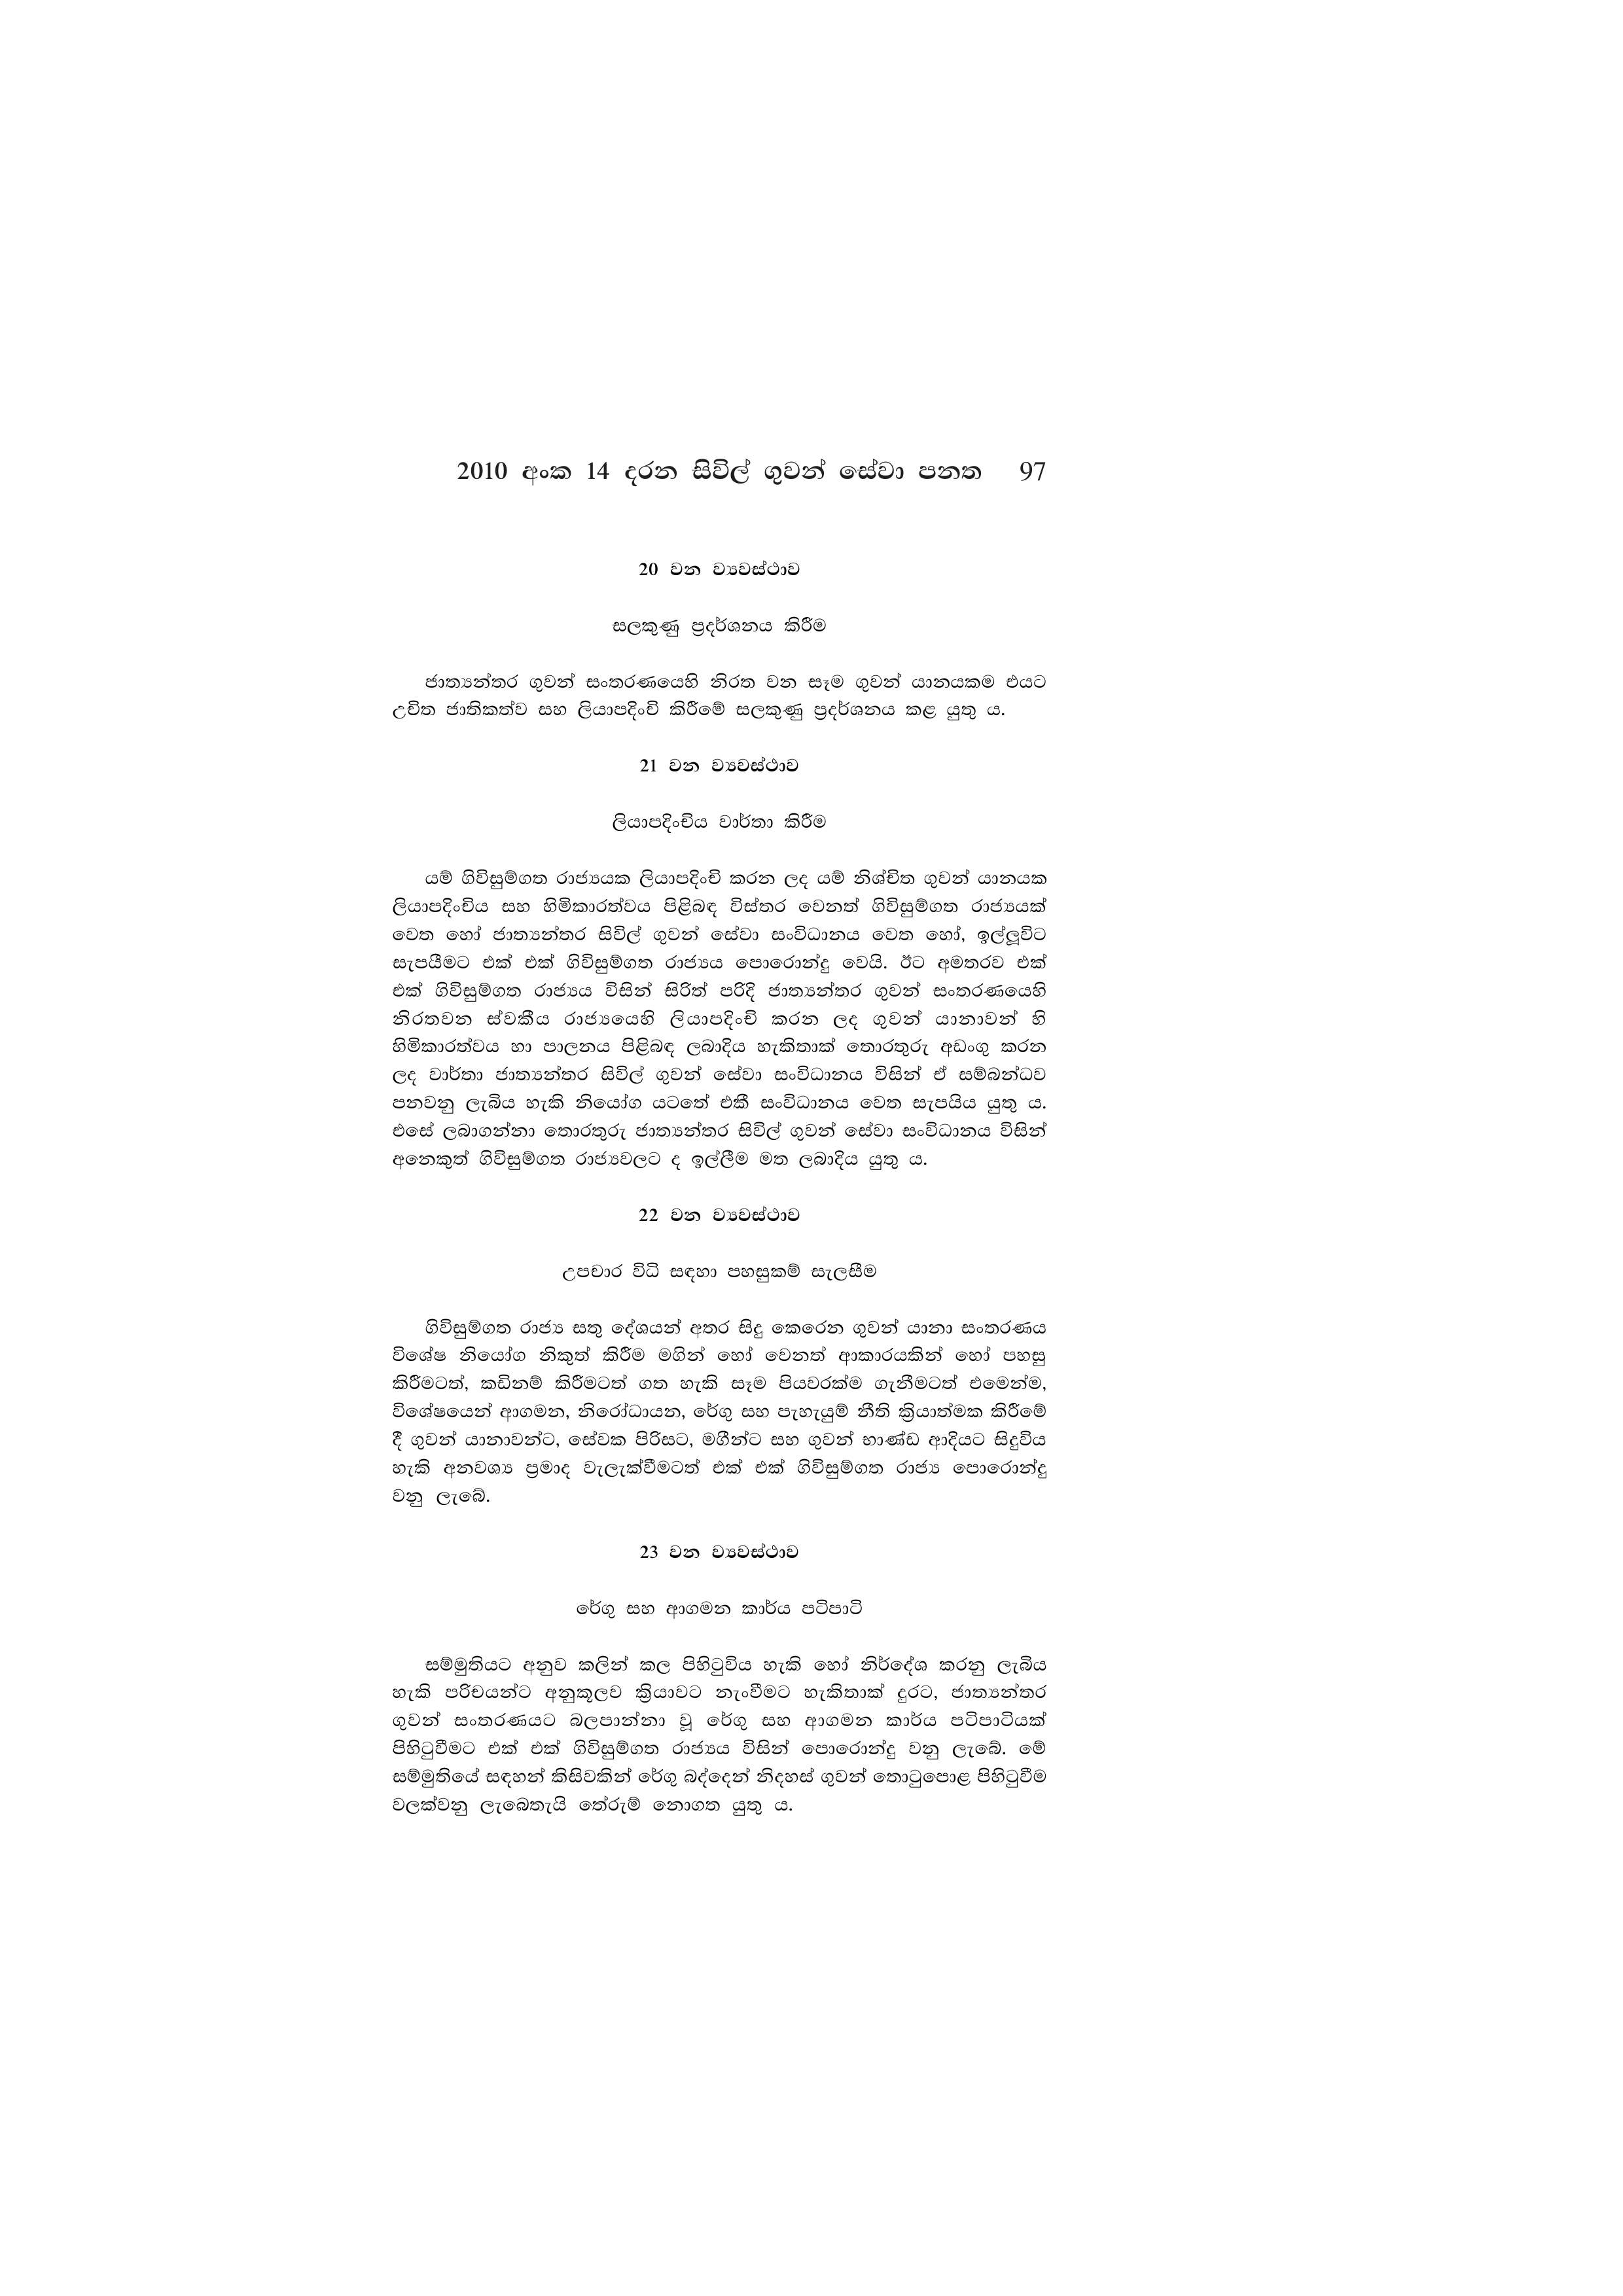
2010 අංක 14 දරන සිවිල් ගුවන් සේවා පනත 97

20 වන ව්‍යවස්ථාව

සලකුණු ප්‍රදර්ශනය කිරීම

ජාත්‍යන්තර ගුවන් සංතරණයෙහි නිරත වන සෑම ගුවන් යානයකම එයට
උචිත ජාතිකත්ව සහ ලියාපදිංචි කිරීමේ සලකුණු ප්‍රදර්ශනය කළ යුතු ය.

21 වන ව්‍යවස්ථාව

ලියාපදිංචිය වාර්තා කිරීම

යම් ගිවිසුම්ගත රාජ්‍යයක ලියාපදිංචි කරන ලද යම් නිශ්චිත ගුවන් යානයක
ලියාපදිංචිය සහ හිමිකාරත්වය පිළිබඳ විස්තර වෙනත් ගිවිසුම්ගත රාජ්‍යයක්
වෙත හෝ ජාත්‍යන්තර සිවිල් ගුවන් සේවා සංවිධානය වෙත හෝ, ඉල්ලූවිට
සැපයීමට එක් එක් ගිවිසුම්ගත රාජ්‍යය පොරොන්දු වෙයි. ඊට අමතරව එක්
එක් ගිවිසුම්ගත රාජ්‍යය විසින් සිරිත් පරිදි ජාත්‍යන්තර ගුවන් සංතරණයෙහි
නිරතවන ස්වකීය රාජ්‍යයෙහි ලියාපදිංචි කරන ලද ගුවන් යානාවන් හි
හිමිකාරත්වය හා පාලනය පිළිබඳ ලබාදිය හැකිතාක් තොරතුරු අඩංගු කරන
ලද වාර්තා ජාත්‍යන්තර සිවිල් ගුවන් සේවා සංවිධානය විසින් ඒ සම්බන්ධව
පනවනු ලැබිය හැකි නියෝග යටතේ එකී සංවිධානය වෙත සැපයිය යුතු ය.
එසේ ලබාගන්නා තොරතුරු ජාත්‍යන්තර සිවිල් ගුවන් සේවා සංවිධානය විසින්
අනෙකුත් ගිවිසුම්ගත රාජ්‍යවලට ද ඉල්ලීම මත ලබාදිය යුතු ය.

22 වන ව්‍යවස්ථාව

උපචාර විධි සඳහා පහසුකම් සැලසීම

ගිවිසුම්ගත රාජ්‍ය සතු දේශයන් අතර සිදු කෙරෙන ගුවන් යානා සංතරණය
විශේෂ නියෝග නිකුත් කිරීම මගින් හෝ වෙනත් ආකාරයකින් හෝ පහසු
කිරීමටත්, කඩිනම් කිරීමටත් ගත හැකි සෑම පියවරක්ම ගැනීමටත් එමෙන්ම,
විශේෂයෙන් ආගමන, නිරෝධායන, රේගු සහ පැහැයුම් නීති ක්‍රියාත්මක කිරීමේ
දී ගුවන් යානාවන්ට, සේවක පිරිසට, මගීන්ට සහ ගුවන් භාණ්ඩ ආදියට සිදුවිය
හැකි අනවශ්‍ය ප්‍රමාද වැලැක්වීමටත් එක් එක් ගිවිසුම්ගත රාජ්‍ය පොරොන්දු
වනු ලැබේ.

23 වන ව්‍යවස්ථාව

රේගු සහ ආගමන කාර්ය පටිපාටි

සම්මුතියට අනුව කලින් කල පිහිටුවිය හැකි හෝ නිර්දේශ කරනු ලැබිය
හැකි පරිචයන්ට අනුකූලව ක්‍රියාවට නැංවීමට හැකිතාක් දුරට, ජාත්‍යන්තර
ගුවන් සංතරණයට බලපාන්නා වූ රේගු සහ ආගමන කාර්ය පටිපාටියක්
පිහිටුවීමට එක් එක් ගිවිසුම්ගත රාජ්‍යය විසින් පොරොන්දු වනු ලැබේ. මේ
සම්මුතියේ සඳහන් කිසිවකින් රේගු බද්දෙන් නිදහස් ගුවන් තොටුපොළ පිහිටුවීම
වලක්වනු ලැබෙතැයි තේරුම් නොගත යුතු ය.